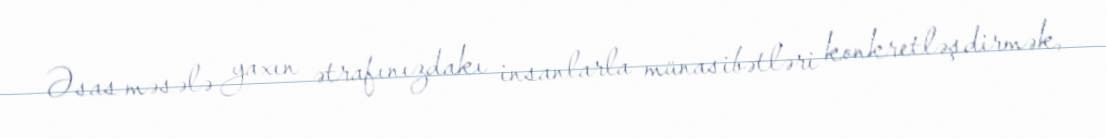
Əsas məsələ yaxın ətrafınızdakı insanlarla münasibətləri konkretləşdirmək,